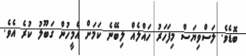
ބޮޑެވެ. ލަސްވިޔަސް މިފަހަރު ހައްލެއް ލިބޭނެ ކަމަށް އެމީހުން ގަބޫލު ކުރެ އެވެ.